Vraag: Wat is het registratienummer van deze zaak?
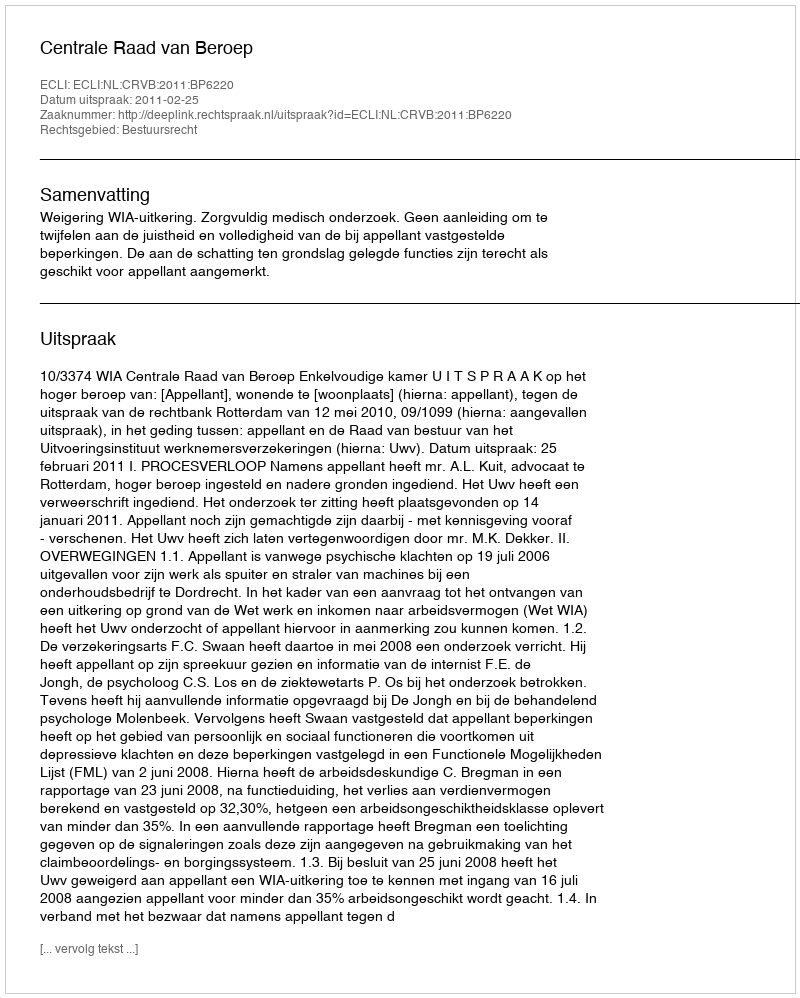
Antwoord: http://deeplink.rechtspraak.nl/uitspraak?id=ECLI:NL:CRVB:2011:BP6220